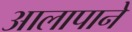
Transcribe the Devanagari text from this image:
आलापाने